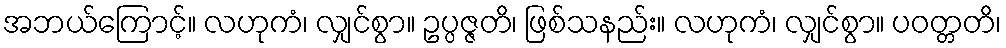
အဘယ်ကြောင့်။ လဟုကံ၊ လျှင်စွာ။ ဥပ္ပဇ္ဇတိ၊ ဖြစ်သနည်း။ လဟုကံ၊ လျှင်စွာ။ ပဝတ္တတိ၊